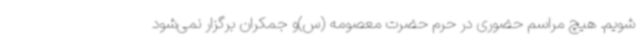
شویم. هیچ مراسم حضوری در حرم حضرت معصومه (س)و جمکران برگزار نمی‌شود